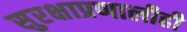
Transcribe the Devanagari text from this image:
सुरक्षाप्रणालीही